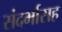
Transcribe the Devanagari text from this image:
संदर्भासह